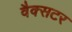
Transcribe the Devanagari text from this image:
वैक्सटर